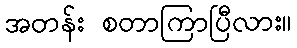
အတန်း စတာကြာပြီလား။